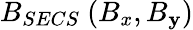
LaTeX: B_{SECS}~(B_{x},B_{\mathbf{y}})